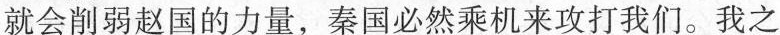
就会削弱赵国的力量，秦国必然乘机来攻打我们。我之